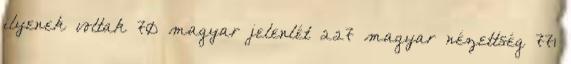
ilyenek voltak 70 magyar jelenlét 227 magyar nézettség 771